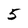
Character: 5